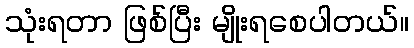
သုံးရတာ ဖြစ်ပြီး မျိုးရစေပါတယ်။